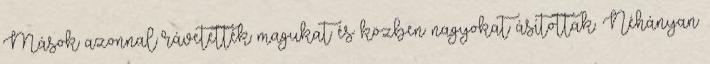
Mások azonnal rávetették magukat és közben nagyokat ásítottak. Néhányan